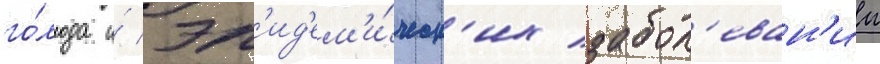
го́лода и́ эп'ид'ем'и́ческ'их забол'еван'ии